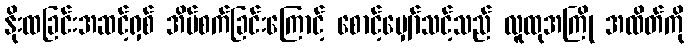
နိုးထခြင်းအဆင့်ရှစ် အိပ်စက်ခြင်းကြောင့် စောင့်မျှော်သင့်သည် လူထုအကြို အထိတ်ကို